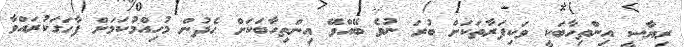
ރިޔާސީ އިންތިހާބަކީ ވަކިފަރާތަކަށް ބުރަ ނުވެ ބޭއްވޭ އިންތިހާބަކަށް ހެދުން މުހިއްމުކަމަށް ފާހަގަކުރައްވާ